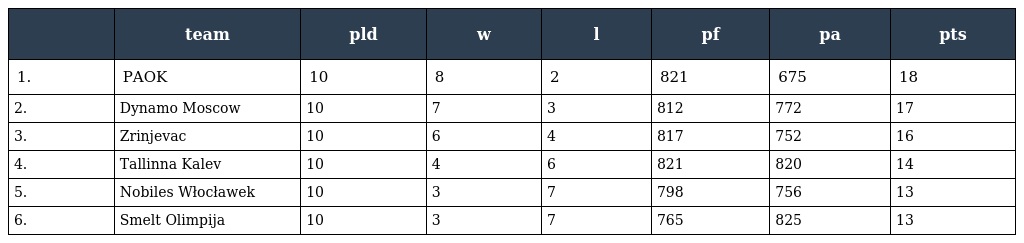
|  | team | pld | w | l | pf | pa | pts |
 | --- | --- | --- | --- | --- | --- | --- | --- |
 | 1. | PAOK | 10 | 8 | 2 | 821 | 675 | 18 |
 | 2. | Dynamo Moscow | 10 | 7 | 3 | 812 | 772 | 17 |
 | 3. | Zrinjevac | 10 | 6 | 4 | 817 | 752 | 16 |
 | 4. | Tallinna Kalev | 10 | 4 | 6 | 821 | 820 | 14 |
 | 5. | Nobiles Włocławek | 10 | 3 | 7 | 798 | 756 | 13 |
 | 6. | Smelt Olimpija | 10 | 3 | 7 | 765 | 825 | 13 |